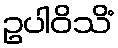
ဥပါဝိသိံ